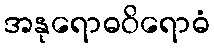
အနုရောဓဝိရောဓံ